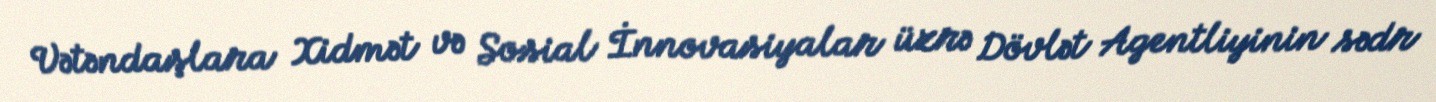
Vətəndaşlara Xidmət və Sosial İnnovasiyalar üzrə Dövlət Agentliyinin sədr